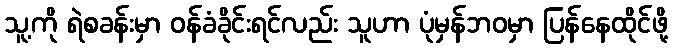
သူ့ကို ရဲစခန်းမှာ ဝန်ခံခိုင်းရင်လည်း သူဟာ ပုံမှန်ဘဝမှာ ပြန်နေထိုင်ဖို့